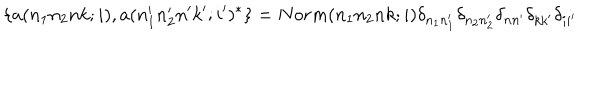
\{ a ( n _ { 1 } n _ { 2 } n k ; i ) , a ( n _ { 1 } ^ { \prime } n _ { 2 } ^ { \prime } n ^ { \prime } k ^ { \prime } ; i ^ { \prime } ) ^ { * } \} = N o r m ( n _ { 1 } n _ { 2 } n k ; i ) \delta _ { n _ { 1 } n _ { 1 } ^ { \prime } } \delta _ { n _ { 2 } n _ { 2 } ^ { \prime } } \delta _ { n n ^ { \prime } } \delta _ { k k ^ { \prime } } \delta _ { i i ^ { \prime } }